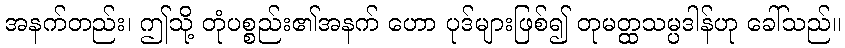
အနက်တည်း၊ ဤသို့ တုံပစ္စည်း၏အနက် ဟော ပုဒ်များဖြစ်၍ တုမတ္ထသမ္ပဒါန်ဟု ခေါ်သည်။